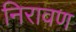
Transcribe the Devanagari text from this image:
निरावण